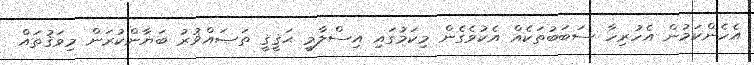
އެހެންކަމުން އެހުރިހާ ސަބަބުތަކެއް އެކުވެގެން މިކަމުގައި އިސްލާމީ ޙަޤީޤީ ތަޞައްޥުރު ބަޔާންކުރަން މިވަޤުތައް